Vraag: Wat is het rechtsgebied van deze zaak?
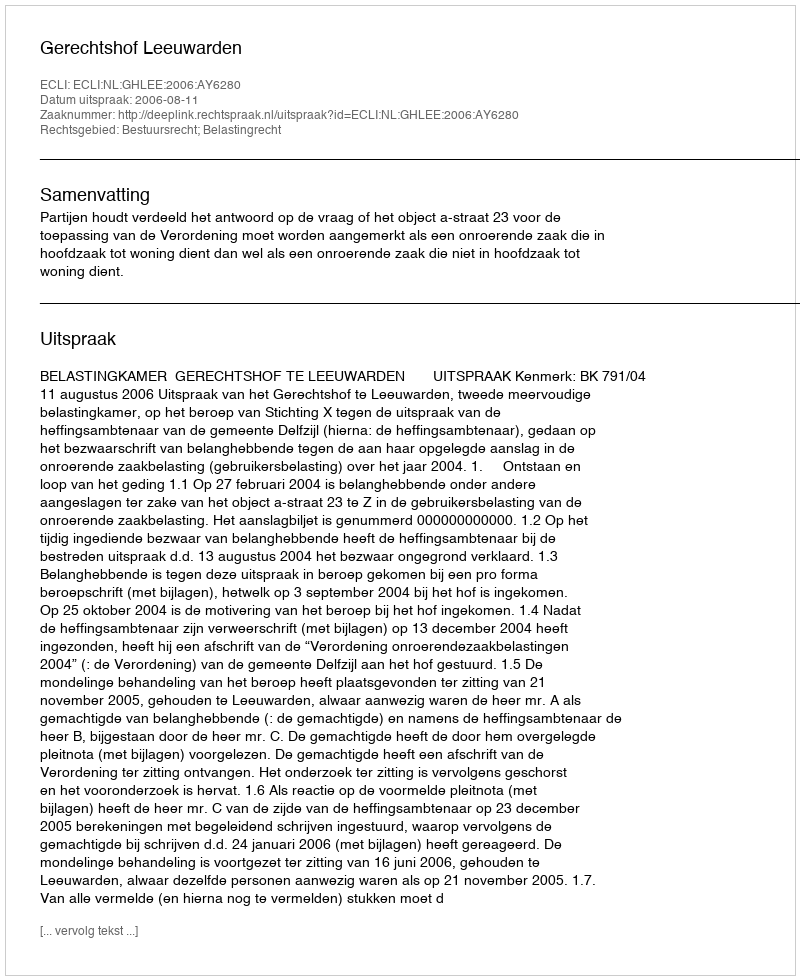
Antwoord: Bestuursrecht; Belastingrecht